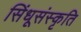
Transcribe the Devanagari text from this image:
सिंधूसंस्कृति